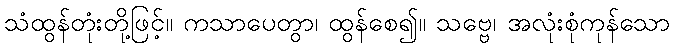
သံထွန်တုံးတို့ဖြင့်။ ကသာပေတွာ၊ ထွန်စေ၍။ သဗ္ဗေ၊ အလုံးစုံကုန်သော